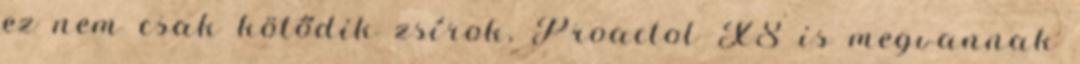
ez nem csak kötődik zsírok, Proactol XS is megvannak